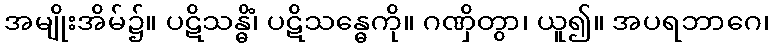
အမျိုးအိမ်၌။ ပဋိသန္ဓိံ၊ ပဋိသန္ဓေကို။ ဂဏှိတွာ၊ ယူ၍။ အပရဘာဂေ၊